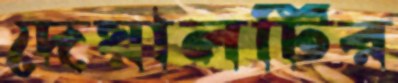
দেয়ালটির